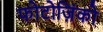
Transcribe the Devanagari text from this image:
फोटोज़िंको